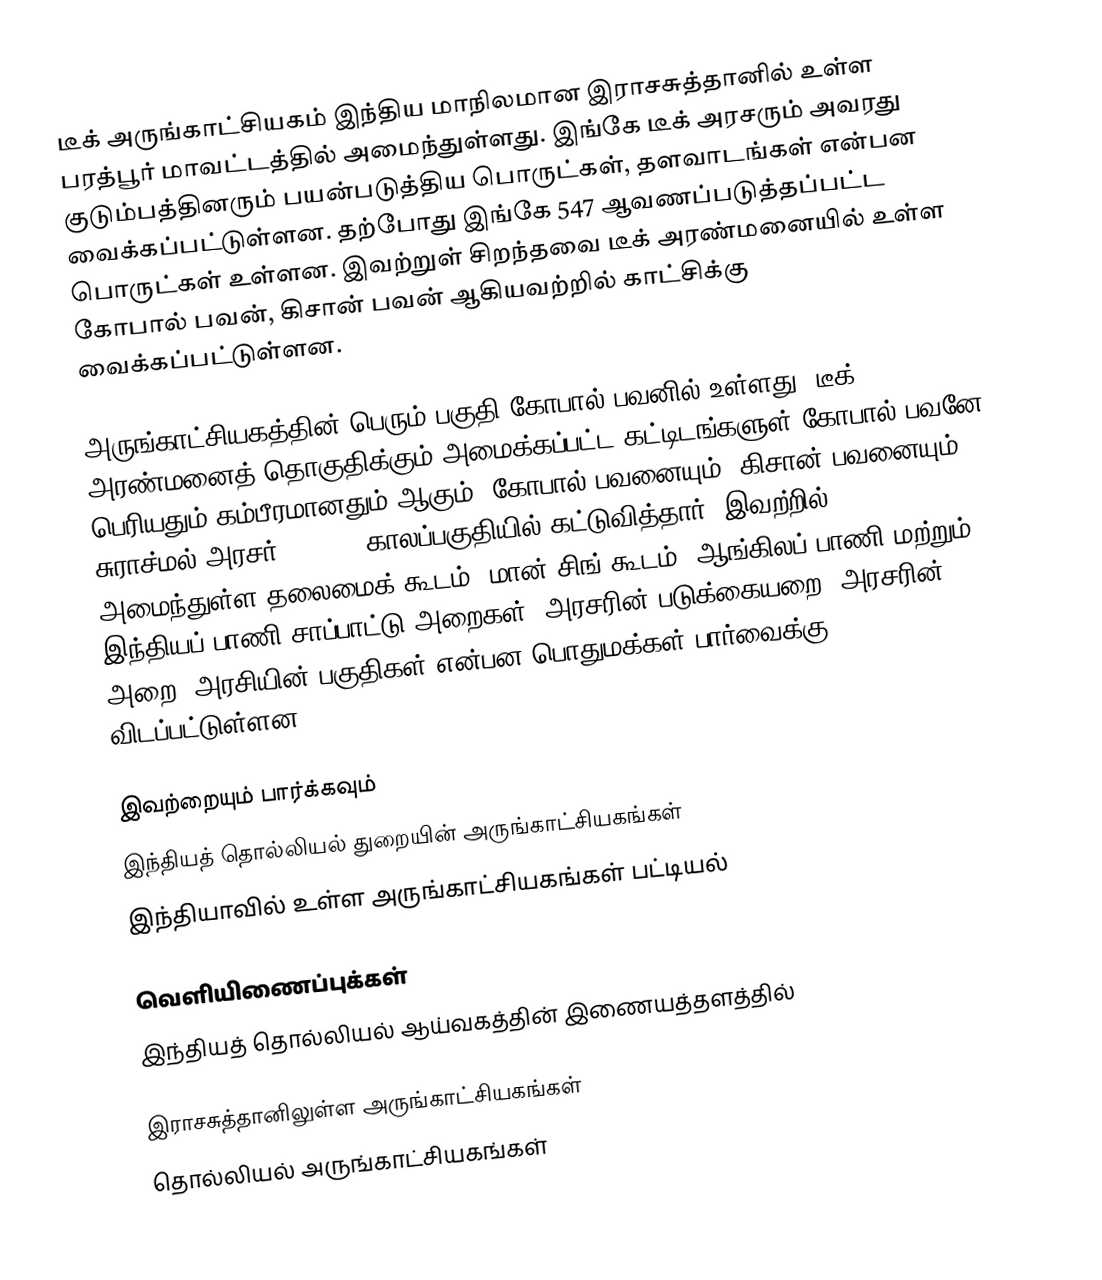
டீக் அருங்காட்சியகம் இந்திய மாநிலமான இராசசுத்தானில் உள்ள பரத்பூர் மாவட்டத்தில் அமைந்துள்ளது. இங்கே டீக் அரசரும் அவரது குடும்பத்தினரும் பயன்படுத்திய பொருட்கள், தளவாடங்கள் என்பன வைக்கப்பட்டுள்ளன. தற்போது இங்கே 547 ஆவணப்படுத்தப்பட்ட பொருட்கள் உள்ளன. இவற்றுள் சிறந்தவை டீக் அரண்மனையில் உள்ள கோபால் பவன், கிசான் பவன் ஆகியவற்றில் காட்சிக்கு வைக்கப்பட்டுள்ளன.

அருங்காட்சியகத்தின் பெரும் பகுதி கோபால் பவனில் உள்ளது. டீக் அரண்மனைத் தொகுதிக்கும் அமைக்கப்பட்ட கட்டிடங்களுள் கோபால் பவனே பெரியதும் கம்பீரமானதும் ஆகும். கோபால் பவனையும், கிசான் பவனையும் சுராச்மல் அரசர் 1756-63 காலப்பகுதியில் கட்டுவித்தார். இவற்றில் அமைந்துள்ள தலைமைக் கூடம், மான் சிங் கூடம், ஆங்கிலப் பாணி மற்றும் இந்தியப் பாணி சாப்பாட்டு அறைகள், அரசரின் படுக்கையறை, அரசரின் அறை, அரசியின் பகுதிகள் என்பன பொதுமக்கள் பார்வைக்கு விடப்பட்டுள்ளன.

இவற்றையும் பார்க்கவும்
 இந்தியத் தொல்லியல் துறையின் அருங்காட்சியகங்கள்
 இந்தியாவில் உள்ள அருங்காட்சியகங்கள் பட்டியல்

வெளியிணைப்புக்கள்
 இந்தியத் தொல்லியல் ஆய்வகத்தின் இணையத்தளத்தில்

இராசசுத்தானிலுள்ள அருங்காட்சியகங்கள்
தொல்லியல் அருங்காட்சியகங்கள்